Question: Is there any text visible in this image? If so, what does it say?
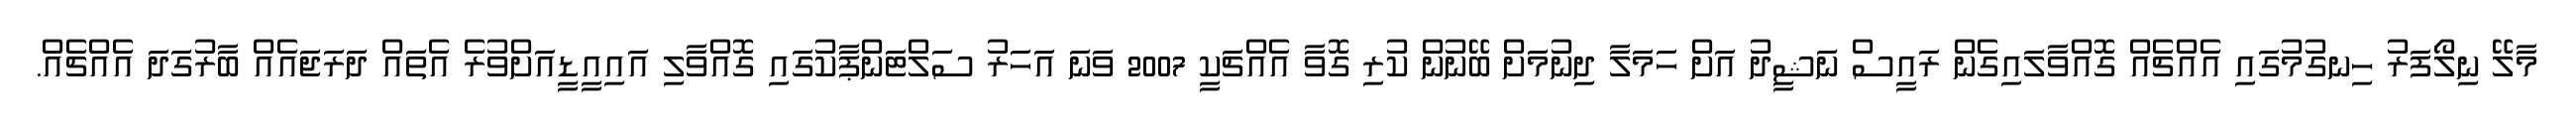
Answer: މާލޭ ނިލޯފަރު ހިނގުމުގައި އެއްޗެއް ގޮއްވާލައިގެން ރައީސް ނަޝީދު އަށް ހަމަލާ ދިނުމަށް ބޭނުން ކުރި ގޮވާ އެއްޗަކީ 2007 ވަނަ އަހަރު ސަލްޓަންޕާކުގައި ގޮއްވާލި އައިއީޑީއަށްވުރެ އެތައް ދަރަޖައެއް ބާރުގަދަ އެއްޗެއް.